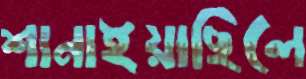
শানাইয়াছিলে